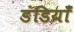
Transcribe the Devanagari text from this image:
डंडियाँ